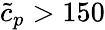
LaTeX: \tilde{c}_{p}>150